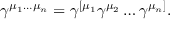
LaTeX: \gamma ^ { \mu _ { 1 } \ldots \mu _ { n } } = \gamma ^ { [ \mu _ { 1 } } \gamma ^ { \mu _ { 2 } } \ldots \gamma ^ { \mu _ { n } ] } .